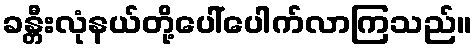
ခန္တီးလုံနယ်တို့ပေါ်ပေါက်လာကြသည်။